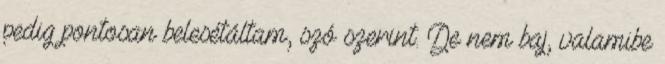
pedig pontosan belesétáltam, szó szerint. De nem baj, valamibe